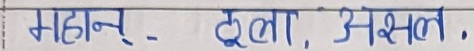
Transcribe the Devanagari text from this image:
महान् - ठूला, असल .